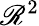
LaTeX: \mathscr{R}^{2}